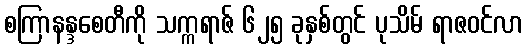
စကြာနန္ဒစေတီကို သက္ကရာဇ် ၆၂၅ ခုနှစ်တွင် ပုသိမ် ရာဇဝင်လာ